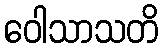
ဝေါသာသတိ